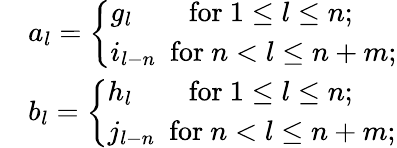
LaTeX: \begin{array}{rl}&{a_{l}=\left\{ \begin{array}{ll}{g_{l}\qquad\mathrm{for}~1\leq l\leq n;}\\ {i_{l-n}~~\mathrm{for}~n<l\leq n+m;}\end{array}\right.}\\ &{b_{l}=\left\{ \begin{array}{ll}{h_{l}\qquad\mathrm{for}~1\leq l\leq n;}\\ {j_{l-n}~~\mathrm{for}~n<l\leq n+m;}\end{array}\right.}\end{array}